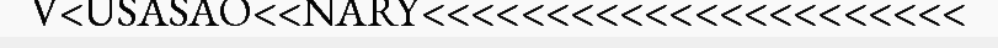
V<USASAO<<NARY<<<<<<<<<<<<<<<<<<<<<<